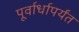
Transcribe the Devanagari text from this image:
पूर्वार्धापर्यंत